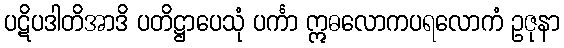
ပဋိပဒါတိအာဒိ ပတိဋ္ဌာပေသုံ ပင်္ကာ ဣဓလောကပရလောကံ ဥဇုနာ